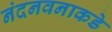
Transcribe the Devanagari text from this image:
नंदनवनाकडे